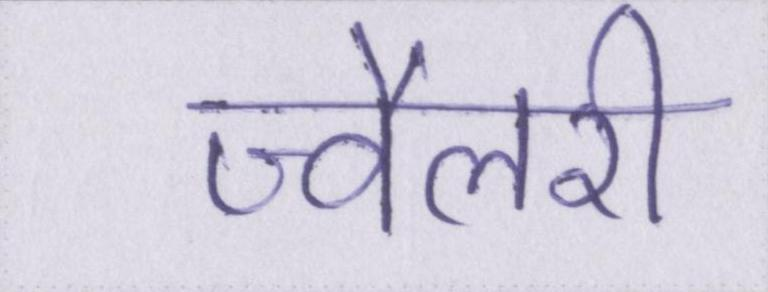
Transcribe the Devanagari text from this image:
ज्वैलरी